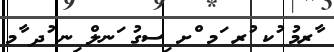
ާރމު ުކ ުރ ަމ ްށ ިސގު ަނލް ިނ ުދ ާމ